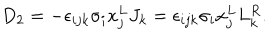
D _ { 2 } = - \epsilon _ { i j k } \sigma _ { i } x _ { j } ^ { L } J _ { k } = \epsilon _ { i j k } \sigma _ { i } x _ { j } ^ { L } L _ { k } ^ { R } .